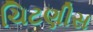
ચિટણીસ